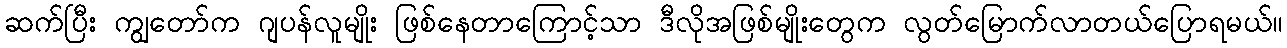
ဆက်ပြီး ကျွတော်က ဂျပန်လူမျိုး ဖြစ်နေတာကြောင့်သာ ဒီလိုအဖြစ်မျိုးတွေက လွတ်မြောက်လာတယ်ပြောရမယ်။